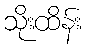
သိုးထိန်း